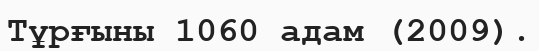
Тұрғыны 1060 адам (2009).